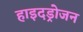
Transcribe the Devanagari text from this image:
हाइदड्रोजन